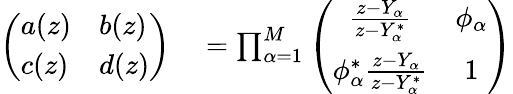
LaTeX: \begin{array}{rl}{\left(\begin{array}{ll}{a(z)}&{b(z)}\\ {c(z)}&{d(z)}\end{array}\right)}&{{}=\prod_{\alpha=1}^{M}\left(\begin{array}{cc}{\frac{z-Y_{\alpha}}{z-Y_{\alpha}^{*}}}&{\phi_{\alpha}}\\ {\phi_{\alpha}^{*}\frac{z-Y_{\alpha}}{z-Y_{\alpha}^{*}}}&{1}\end{array}\right)}\end{array}